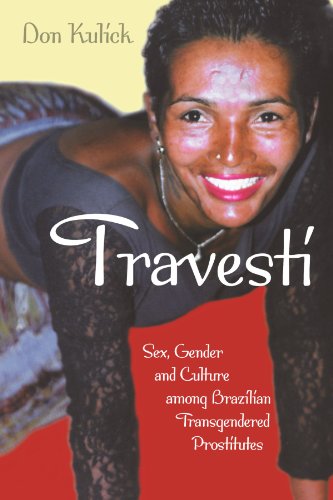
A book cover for Travesti: Sex, Gender, and Culture among Brazilian Transgendered Prostitutes (Worlds of Desire: The Chicago Series on Sexuality, Gender, and Culture); Don Kulick; Medical Books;